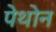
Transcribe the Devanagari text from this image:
पेथोन